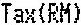
TAX(RM)